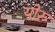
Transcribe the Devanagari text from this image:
योरु